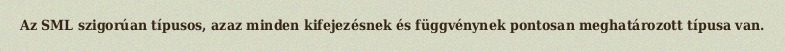
Az SML szigorúan típusos, azaz minden kifejezésnek és függvénynek pontosan meghatározott típusa van.